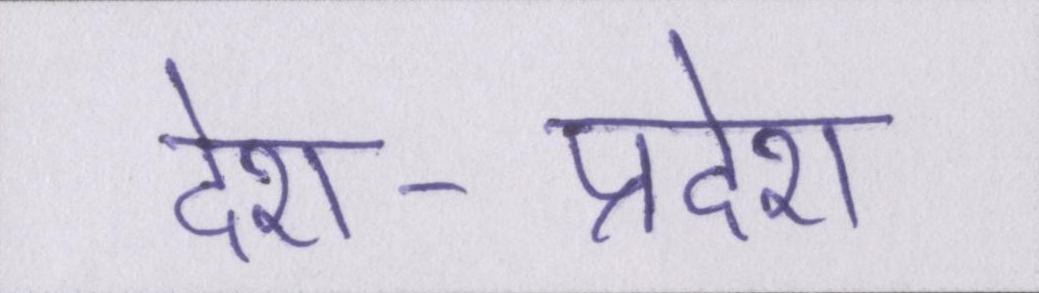
देश-प्रदेश